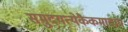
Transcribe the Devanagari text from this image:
समुदयत्येकैकमादाय